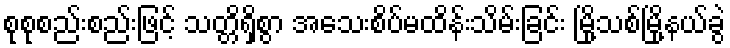
စုစုစည်းစည်းဖြင့် သတ္တိရှိစွာ အသေးစိပ်မထိန်းသိမ်းခြင်း မြို့သစ်မြို့နယ်ခွဲ